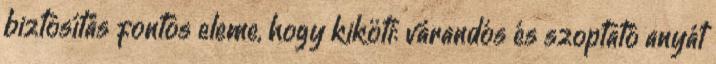
biztosítás fontos eleme, hogy kiköti: várandós és szoptató anyát